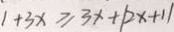
1 + 3 x \geq 3 x + \vert 2 x + 1 \vert